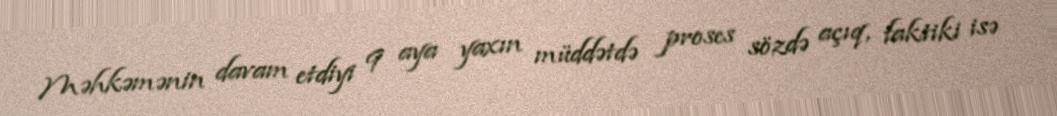
Məhkəmənin davam etdiyi 9 aya yaxın müddətdə proses sözdə açıq, faktiki isə